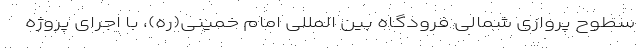
سطوح پروازی شمالی فرودگاه بین المللی امام خمینی(ره)، با اجرای پروژه